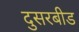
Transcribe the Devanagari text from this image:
दुसरबीड